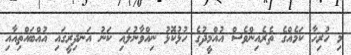
މި ހުރިހާ ކަމެއްގެ ތެރެއިންވެސް އުއްމީދުގެ ހުޅުކޮޅު ނިއްވާނުލައި ކަނު އަނދިރީގައި އުއްބައްތިއާއި